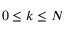
0 \le k \le N